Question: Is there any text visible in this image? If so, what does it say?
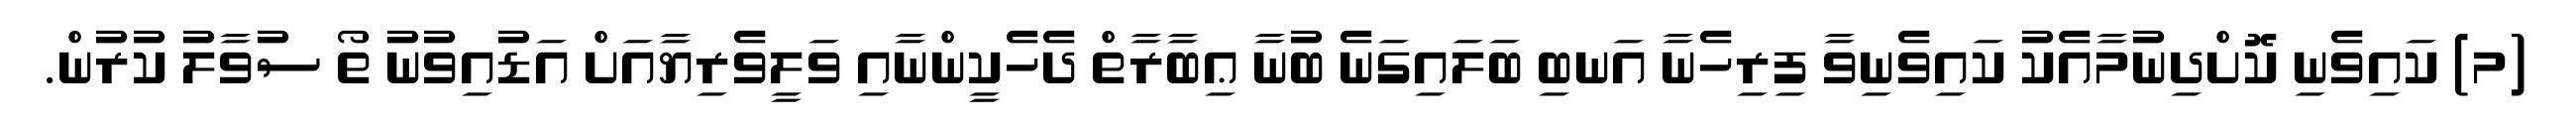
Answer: (މ) ކައިވެނި ކޮށްދިނުމާއެކު ކައިވެނިވާ ފިރިހެނާ އަނބި ބަލައިގަނެ ބުނާ ޢިބާރާތް ދެހެކީންނާއި ވަލީވެރިޔާއަށް އަޑުއިވުނު ތޯ ސުވާލު ކުރުން.